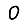
Digit: 0